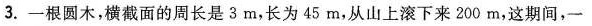
3.一根圆木，横截面的周长是3m，长为45m，从山上滚下来200m，这期间，一